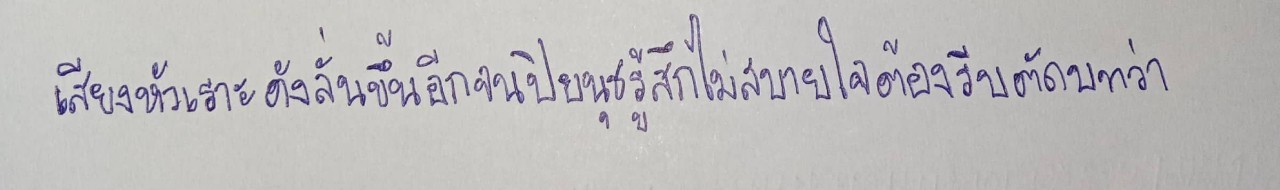
เสียงหัวเราะดังลั่นขึ้นอีกจนปิยนุชรู้สึกไม่สบายใจต้องรีบตัดบทว่า